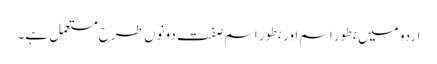
اردو میں بطور اسم اور بطور اسم صفت دونوں طرح مستعمل ہے۔